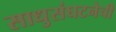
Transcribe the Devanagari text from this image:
साधुसंघटनेची